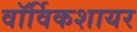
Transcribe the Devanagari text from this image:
वॉर्विकशायर